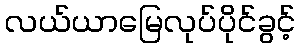
လယ်ယာမြေလုပ်ပိုင်ခွင့်